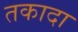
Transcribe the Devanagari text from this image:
तकादा